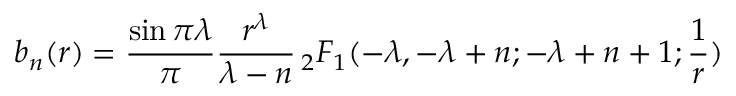
b _ { n } ( r ) = \frac { \sin \pi \lambda } { \pi } \frac { r ^ { \lambda } } { \lambda - n } \, _ { 2 } F _ { 1 } ( - \lambda , - \lambda + n ; - \lambda + n + 1 ; \frac 1 r )